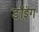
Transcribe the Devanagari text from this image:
डॉइंग